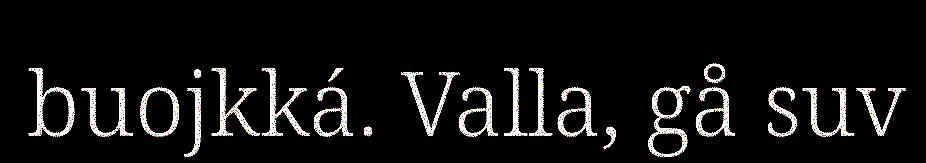
buojkká. Valla, gå suv